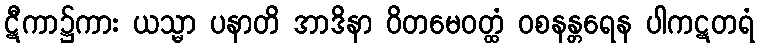
ဋီကာ၌ကား ယသ္မာ ပနာတိ အာဒိနာ ဝိတမေဝတ္ထံ ဝစနန္တရေန ပါကဋတရံ